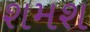
શમશ